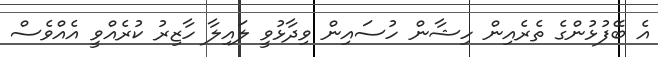
އެ ބޭފުޅުންގެ ތެރެއިން ހިޝާން ހުސައިން ވިދާޅުވީ ލައިލާ ހާޒިރު ކުރެއްވީ އެއްވެސް